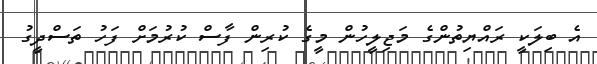
އެ ބިލަކީ ރައްޔިތުންގެ މަޖިލީހުން މީގެ ކުރިން ފާސް ކުރުމަށް ފަހު ތަސްދީގު